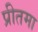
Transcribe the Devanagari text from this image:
प्रीतमा